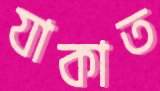
যাকাত